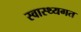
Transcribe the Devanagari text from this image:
स्वास्थ्यगत